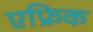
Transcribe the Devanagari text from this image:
एफ्रिक